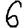
Digit: 6